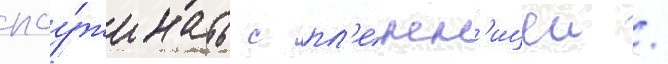
поу́жинать с пл'енн'ицеи /